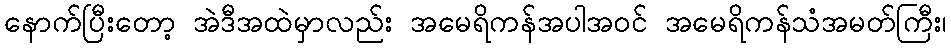
နောက်ပြီးတော့ အဲဒီအထဲမှာလည်း အမေရိကန်အပါအဝင် အမေရိကန်သံအမတ်ကြီး၊